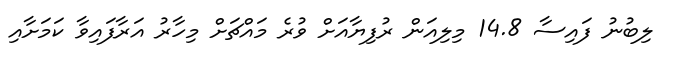
ލިބުނު ފައިސާ 14.8 މިލިއަން ރުފިޔާއަށް ވުރެ މައްޗަށް މިހާރު އަރާފައިވާ ކަމަށާއި